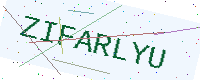
Text: ZIFARLYU